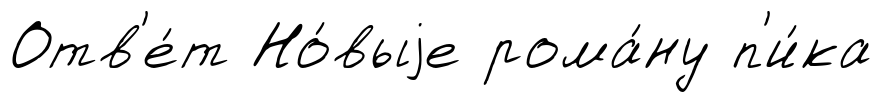
Отв'е́т Но́выjе рома́ну п'и́ка